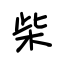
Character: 柴